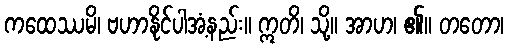
ကထေဿမိ၊ ဗဟာနိုင်ပါအံ့နည်း။ ဣတိ၊ သို့။ အာဟ၊ ၏။ တတော၊